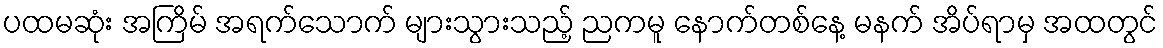
ပထမဆုံး အကြိမ် အရက်သောက် များသွားသည့် ညကမူ နောက်တစ်နေ့ မနက် အိပ်ရာမှ အထတွင်